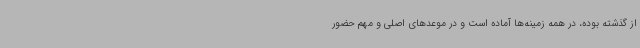
از گذشته بوده، در همه زمینه‌ها آماده است و در موعدهای اصلی و مهم حضور